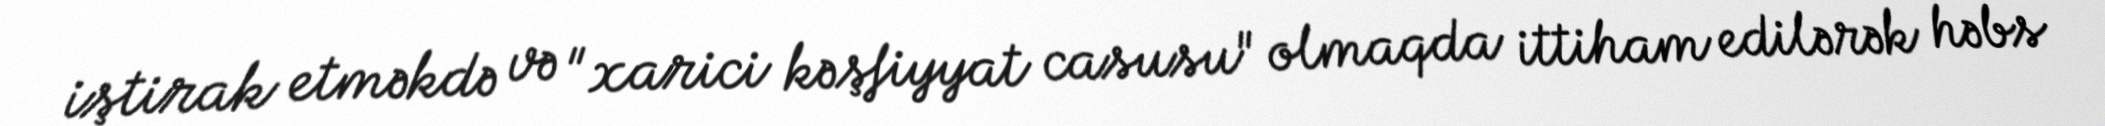
iştirak etməkdə və "xarici kəşfiyyat casusu" olmaqda ittiham edilərək həbs